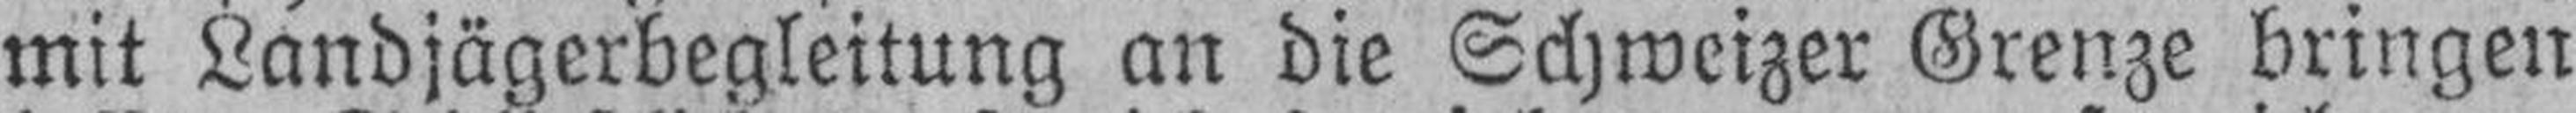
mit Landjägerbegleitung an die Schweizer Grenze bringen